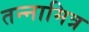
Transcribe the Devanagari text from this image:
तन्नामित्र